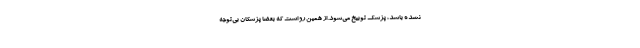
نشده باشد، پزشک توبیخ می‌شود. از همین رو است که بعضا پزشکان بی‌توجه